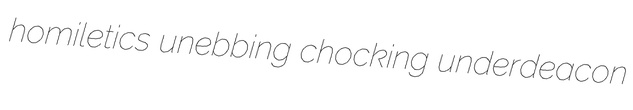
homiletics unebbing chocking underdeacon